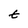
Character: t